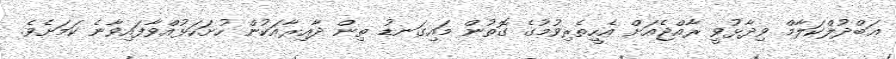
ޢަބްދުލްކަލާމް ވިދާޅުވީ ރާއްޖެއަށް އެހީތެރިވުމުގެ ގޮތުން މައިގަނޑު ތިން ދާއިރާއަކުން ހުށަހަޅުއްވާފައިވާނެ ކަމަށެވެ.